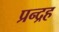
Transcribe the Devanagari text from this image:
प्रन्द्रह